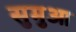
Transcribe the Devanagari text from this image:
सुमुआ